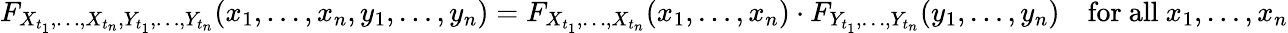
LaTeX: F_{X_{t_{1}},\ldots,X_{t_{n}},Y_{t_{1}},\ldots,Y_{t_{n}}}(x_{1},\ldots,x_{n},y_{1},\ldots,y_{n})=F_{X_{t_{1}},\ldots,X_{t_{n}}}(x_{1},\ldots,x_{n})\cdot F_{Y_{t_{1}},\ldots,Y_{t_{n}}}(y_{1},\ldots,y_{n})\quad{\mathrm{for~all~}}x_{1},\ldots,x_{n}